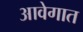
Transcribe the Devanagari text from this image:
आवेगात